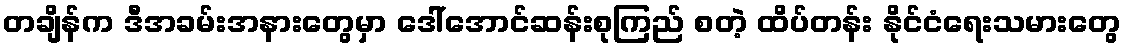
တချိန်က ဒီအခမ်းအနားတွေမှာ ဒေါ်အောင်ဆန်းစုကြည် စတဲ့ ထိပ်တန်း နိုင်ငံရေးသမားတွေ